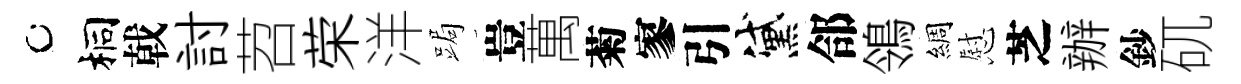
桐戟討苕荣洋跼豈萬菊寥引黛郃鴒綢慰芝辦鈔矹